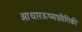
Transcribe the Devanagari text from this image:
आधारऊष्मप्रवैगिकी